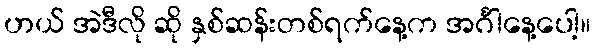
ဟယ် အဲဒီလို ဆို နှစ်ဆန်းတစ်ရက်နေ့က အင်္ဂါနေ့ပေါ့။